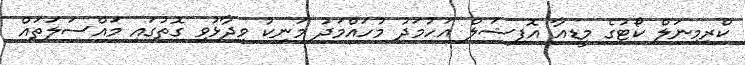
ކްރިމިނަލް ކޯޓުގެ މީޑިއާ އޮފިޝަލް އަހުމަދު މުހައްމަދު މަނިކު ވިދާޅުވި ގޮތުގައި މައްސަލަތައް